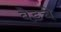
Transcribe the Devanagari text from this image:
बेडचे